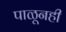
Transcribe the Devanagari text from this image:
पाळूनही